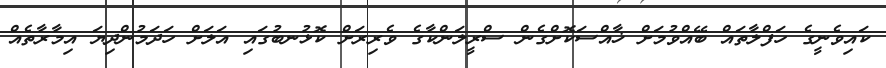
ކައިވެނީގެ ހަފްލާތައް ބޭއްވުމަށް ޚާއްސަކޮށްގެން ސްރީލަންކާގެ ވެރިރަށް ކޮޅުނބުގައި އަލަށް ހަދަމުންދިޔަ އިމާރާތެއް